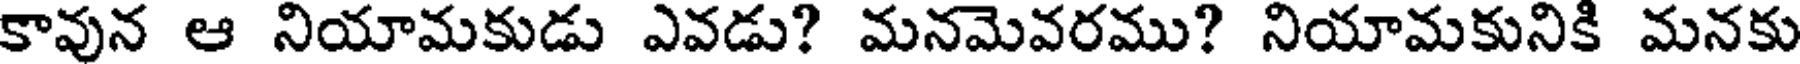
కావున ఆ నియామకుడు ఎవడు? మనమెవరము? నియామకునికి మనకు